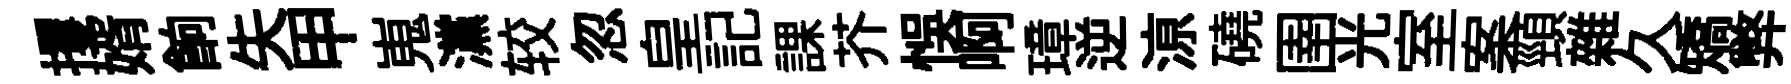
攫婿餉失甲嵬灙较忽皇記課芥悞啊璋逆鿌磽圉光室案頸雜久矯弊